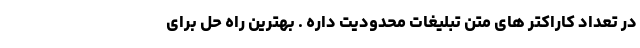
در تعداد کاراکتر های متن تبلیغات محدودیت داره . بهترین راه حل برای